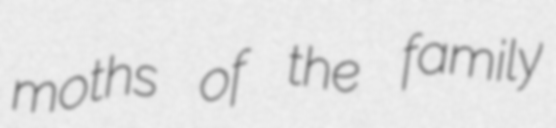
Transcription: moths of the family